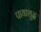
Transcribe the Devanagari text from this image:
पायाशुद्ध